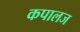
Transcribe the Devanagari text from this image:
कपालज